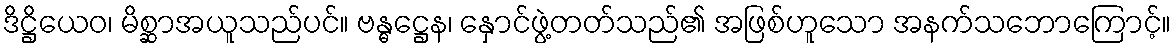
ဒိဋ္ဌိယေဝ၊ မိစ္ဆာအယူသည်ပင်။ ဗန္ဓဋ္ဌေန၊ နှောင်ဖွဲ့တတ်သည်၏ အဖြစ်ဟူသော အနက်သဘောကြောင့်။